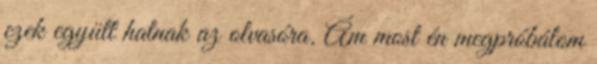
ezek együtt hatnak az olvasóra. Ám most én megpróbálom